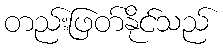
တည်းဖြတ်နိုင်သည်